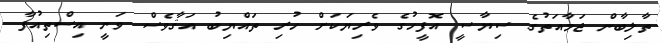
ތާލިބާން ޖަމާއަތުގެ ސިޔާސީ އޮފީހުގެ ވެރިޔަކަށް ހުރި ތައްޔިބު އަޤާވެސް ވަނީ އިސްތިއުފާ